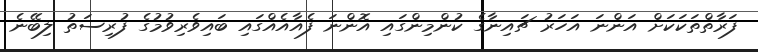
ފަރާތްތަކަކަށް އަންނަ އަހަރު ޗައިނާގެ ކުންމިންގައި އޮންނަ ފެއާއެއްގައި ބައިވެރިވުމުގެ ފުރިސަތު ލިބޭނެ